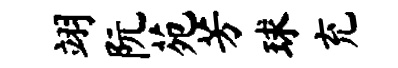
翊阮苑芳球充